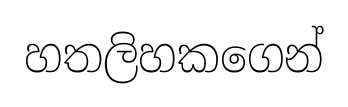
හතලිහකගෙන්